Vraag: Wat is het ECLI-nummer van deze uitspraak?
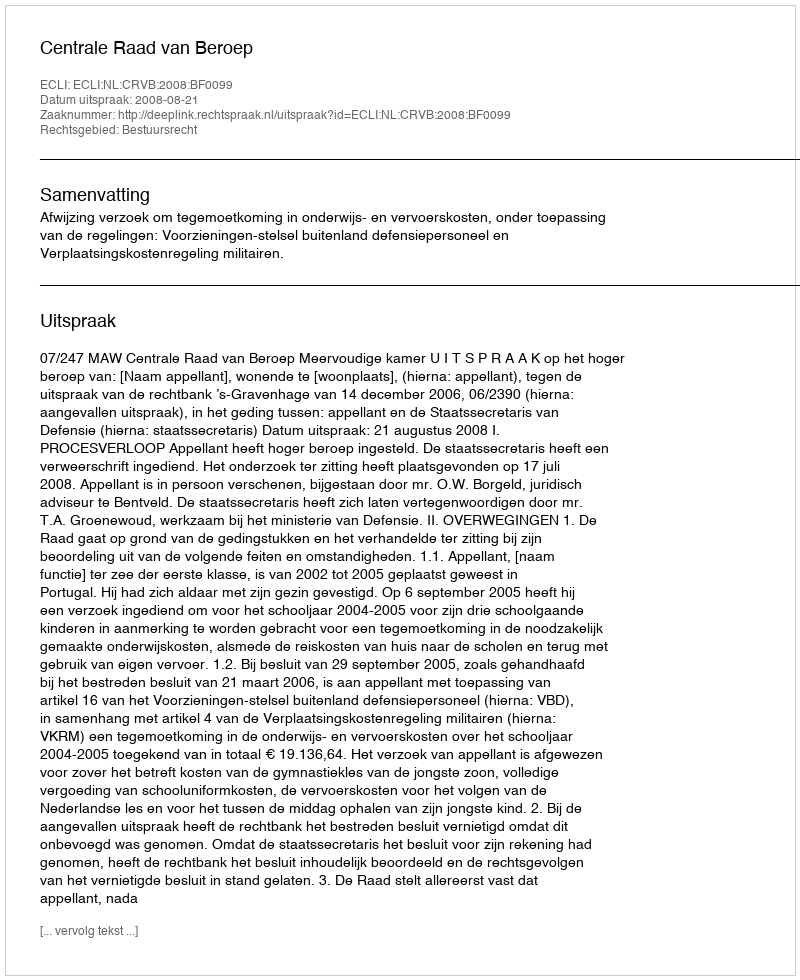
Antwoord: ECLI:NL:CRVB:2008:BF0099